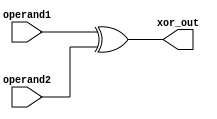
`timescale 1ns / 1ps
//////////////////////////////////////////////////////////////////////////////////
// Company: 
// Engineer: 
// 
// Design Name: 
// Module Name:    Logic_XOR 
// Project Name: 
// Target Devices: 
// Tool versions: 
// Description: 
//
// Dependencies: 
//
// Revision: 
// Revision 0.01 - File Created
// Additional Comments: 
//
//////////////////////////////////////////////////////////////////////////////////
module Logic_XOR(
    input [31:0] operand1,
    input [31:0] operand2,
    output [31:0] xor_out
    );

assign xor_out=operand1^operand2;

endmodule